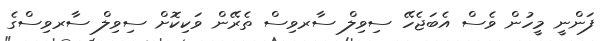
ފަންނީ މީހުން ވެސް އެބަޖެހޭ ސިވިލް ސާރވިސް ތެރޭން ވަކިކޮށް ސިވިލް ސާރވިސްގެ